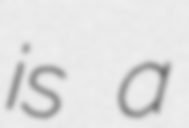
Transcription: is a